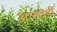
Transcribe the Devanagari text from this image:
अलवंडी